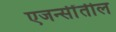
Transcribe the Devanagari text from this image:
एजन्सींतील